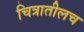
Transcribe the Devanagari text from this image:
चित्रातीलच